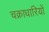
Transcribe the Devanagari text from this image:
चक्राधारियों